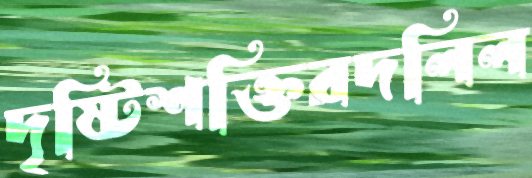
দৃষ্টিশক্তিরদলিল